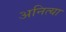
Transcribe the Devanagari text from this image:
अनित्या